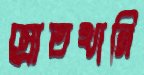
স্রোতখানি